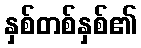
နှစ်တစ်နှစ်၏